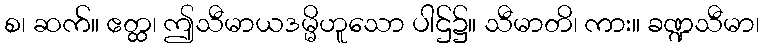
စ၊ ဆက်။ ဧတ္ထ၊ ဤသီမာယဒမ္မိဟူသော ပါဌ်၌။ သီမာတိ၊ ကား။ ခဏ္ဍသီမာ၊